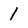
Character: 1